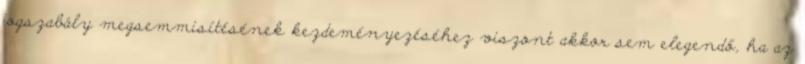
jogszabály megsemmisítésének kezdeményezéséhez viszont akkor sem elegendő, ha az